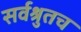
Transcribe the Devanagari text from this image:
सर्वश्रुतच